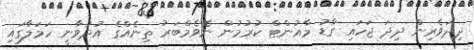
ދިދަވެރިން ދިދަ ޖަހައި ގާޑު މާއުންޓް ކުރުމުން ނޮވެމްބަރު ތިނެއްގެ އުދުވާނީ ހަމަލާގައި